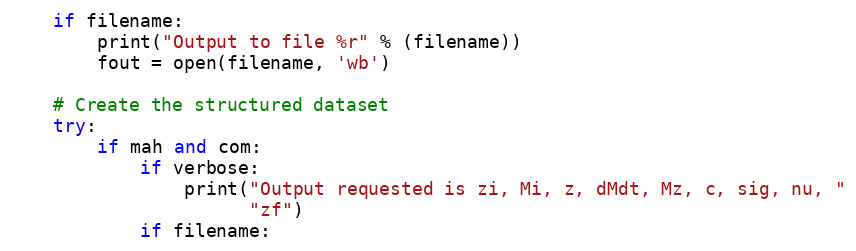
Language: Python
    if filename:
        print("Output to file %r" % (filename))
        fout = open(filename, 'wb')

    # Create the structured dataset
    try:
        if mah and com:
            if verbose:
                print("Output requested is zi, Mi, z, dMdt, Mz, c, sig, nu, "
                      "zf")
            if filename: